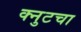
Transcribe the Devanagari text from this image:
क्नुटचा